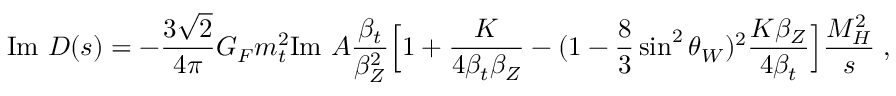
\mathrm { I m } \ D ( s ) = - { \frac { 3 \sqrt { 2 } } { 4 \pi } } G _ { F } m _ { t } ^ { 2 } \mathrm { I m \ } A { \frac { \beta _ { t } } { \beta _ { Z } ^ { 2 } } } \Bigl [ 1 + { \frac { K } { 4 \beta _ { t } \beta _ { Z } } } - ( 1 - { \frac { 8 } { 3 } } \sin ^ { 2 } \theta _ { W } ) ^ { 2 } { \frac { K \beta _ { Z } } { 4 \beta _ { t } } } \Bigr ] { \frac { M _ { H } ^ { 2 } } { s } } \; ,